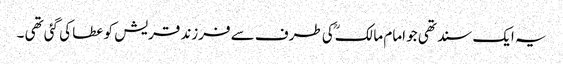
یہ ایک سند تھی جو امام مالکؒ کی طرف سے فرزند قریش کو عطا کی گئی تھی ۔